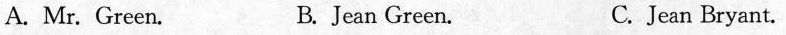
A. Mr. Green. B. Jean Green. C. Jean Bryant.